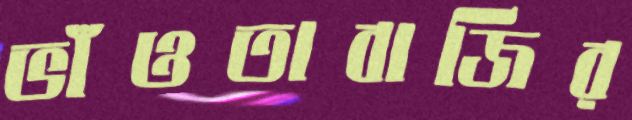
ভাঁওতাবাজির